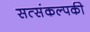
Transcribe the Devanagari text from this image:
सत्संकल्पकी